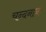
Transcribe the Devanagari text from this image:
चन्दनानां